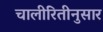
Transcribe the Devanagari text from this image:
चालीरितीनुसार